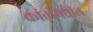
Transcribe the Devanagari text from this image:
क्रांतीमधील